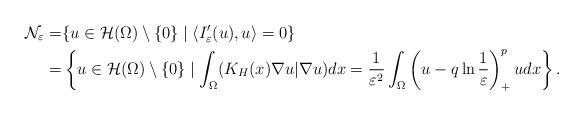
LaTeX: \begin{align*}\mathcal{N}_\varepsilon=&\{u\in \mathcal{H}(\Omega)\setminus\{0\}\mid \langle I'_\varepsilon(u),u\rangle =0\}\\=&\left\{u\in \mathcal{H}(\Omega)\setminus\{0\}\mid \int_{\Omega}(K_H(x)\nabla u|\nabla u)dx=\frac{1}{\varepsilon^2}\int_{\Omega}\left(u-q\ln\frac{1}{\varepsilon}\right)^{p}_+udx\right\}.\end{align*}